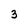
Character: 3